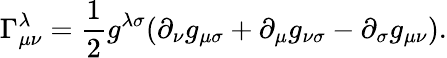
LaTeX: \Gamma_{\mu\nu}^{\lambda}=\frac{1}{2}g^{\lambda\sigma}(\partial_{\nu}g_{\mu\sigma}+\partial_{\mu}g_{\nu\sigma}-\partial_{\sigma}g_{\mu\nu}).